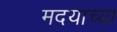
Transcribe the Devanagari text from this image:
मदयाच्या